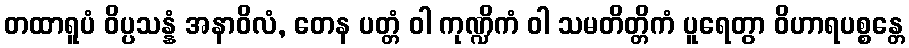
တထာရူပံ ဝိပ္ပသန္နံ အနာဝိလံ, တေန ပတ္တံ ဝါ ကုဏ္ဍိကံ ဝါ သမတိတ္တိကံ ပူရေတွာ ဝိဟာရပစ္စန္တေ